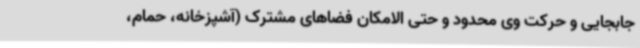
جابجایی و حرکت وی محدود و حتی الامکان فضاهای مشترک (آشپزخانه، حمام،